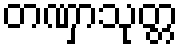
တဏှာသုတ္တ